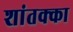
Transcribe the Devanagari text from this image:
शांतक्का